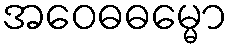
အဝေဓဓမ္မော